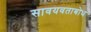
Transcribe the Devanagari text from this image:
सावयवताबोध